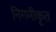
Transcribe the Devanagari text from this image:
निगमीकृत